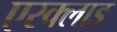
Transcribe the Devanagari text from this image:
एस्क्लाड